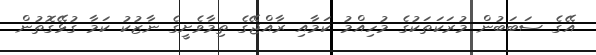
އޭގެ ސަބަބުން މުރަކަތަކުގެ މުހިއްމު ކަމާއި ރާއްޖޭގެ ތިމާވެށީގެ ނާޒުކު ކަމާ ގުޅޭގޮތުން